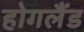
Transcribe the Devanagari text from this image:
होगलैंड